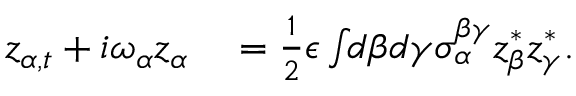
\begin{array} { r l } { z _ { \alpha , t } + i \omega _ { \alpha } z _ { \alpha } } & { { } = \frac { 1 } { 2 } \epsilon \int \! \! d \beta d \gamma \sigma _ { \alpha } ^ { \beta \gamma } z _ { \beta } ^ { * } z _ { \gamma } ^ { * } . } \end{array}